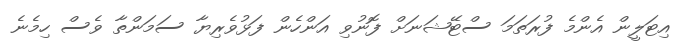
އިޓަލީން އެންމެ ފުރަތަމަ ސްޓޭޝަނަށް ފޮނުވި އަންހެން ފަޅުވެރިޔާ ސަމަންތާ ވެސް ހިމެނެ